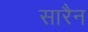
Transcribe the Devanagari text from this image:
सारैन